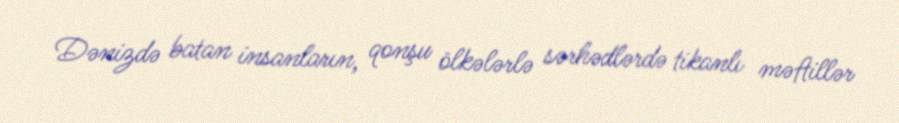
Dənizdə batan insanların, qonşu ölkələrlə sərhədlərdə tikanlı məftillər